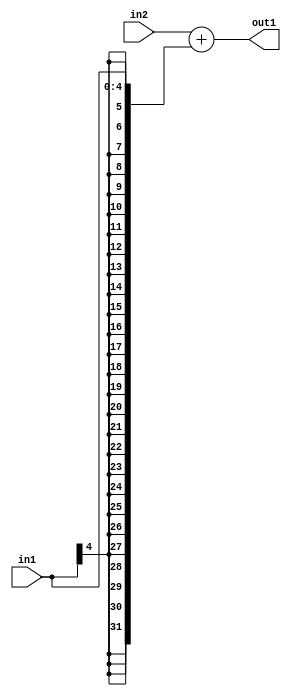
`timescale 1ps / 1ps
/*****************************************************************************
    Verilog RTL Description
    
    
    Created by: Stratus DpOpt 2019.1.01 
*******************************************************************************/

module DC_Filter_Add_32Sx5S_32S_4 (
	in2,
	in1,
	out1
	); /* architecture "behavioural" */ 
input [31:0] in2;
input [4:0] in1;
output [31:0] out1;
wire [31:0] asc001;

assign asc001 = 
	+(in2)
	+({{27{in1[4]}}, in1});

assign out1 = asc001;
endmodule

/* CADENCE  ubH5Qgk= : u9/ySgnWtBlWxVPRXgAZ4Og= ** DO NOT EDIT THIS LINE ******/